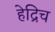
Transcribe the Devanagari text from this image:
हेद्रिच